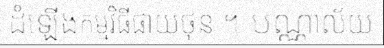
ដំឡើងកម្មវិធីផាយថុន ។ បណ្ណាល័យ